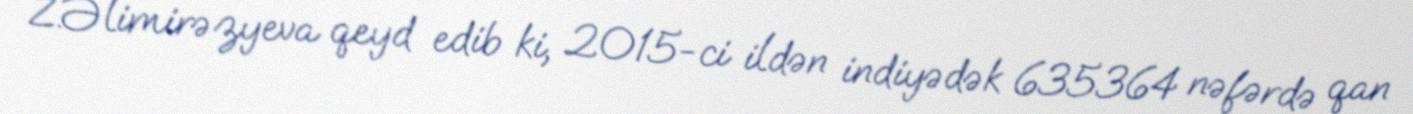
Z.Əlimirəzyeva qeyd edib ki, 2015-ci ildən indiyədək 635364 nəfərdə qan